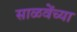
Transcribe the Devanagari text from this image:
साळवेंच्या